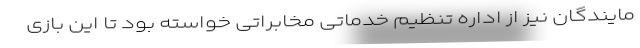
مایند‌گان نیز از اداره تنظیم خدماتی مخابراتی خواسته بود تا این بازی